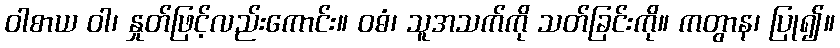
ဝါစာယ ဝါ၊ နှုတ်ဖြင့်လည်းကောင်း။ ဝဓံ၊ သူအသက်ကို သတ်ခြင်းကို။ ကတွာန၊ ပြု၍။